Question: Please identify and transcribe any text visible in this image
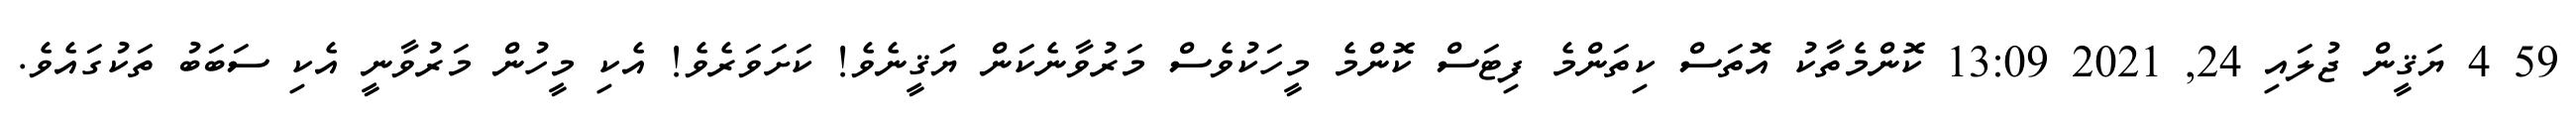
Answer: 59 4 ޔަޤީން ޖުލައި 24, 2021 13:09 ކޮންމެތާކު އޮތަސް ކިތަންމެ ފިޓަސް ކޮންމެ މީހަކުވެސް މަރުވާނެކަން ޔަޤީނެވެ! ކަށަވަރެވެ! އެކި މީހުން މަރުވާނީ އެކި ސަބަބު ތަކުގައެވެ.